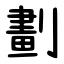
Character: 劃